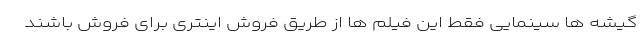
گیشه ها سینمایی فقط این فیلم ها از طریق فروش اینتری برای فروش باشند